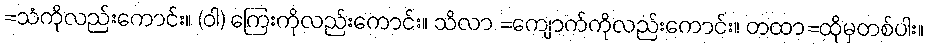
=သံကိုလည်းကောင်း။ (ဝါ) ကြေးကိုလည်းကောင်း။ သိလာ =ကျောက်ကိုလည်းကောင်း။ တထာ=ထိုမှတစ်ပါး။